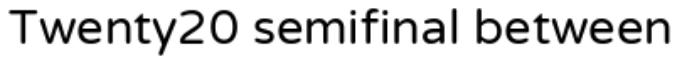
Twenty20 semifinal between